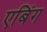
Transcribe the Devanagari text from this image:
एबिंग